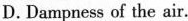
D.Dampness of the air.